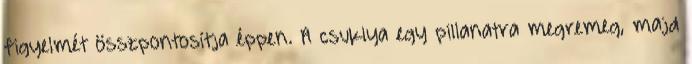
figyelmét összpontosítja éppen. A csuklya egy pillanatra megremeg, majd